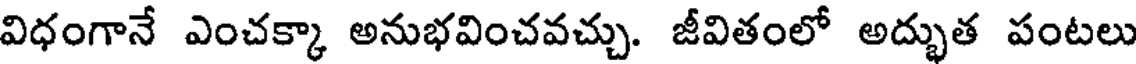
విధంగానే ఎంచక్కా అనుభవించవచ్చు. జీవితంలో అద్భుత పంటలు